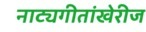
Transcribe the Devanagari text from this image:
नाट्यगीतांखेरीज